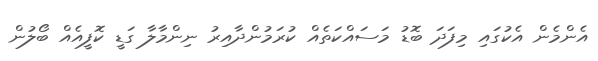
އެންމެން އެކުގައި މިފަދަ ބޮޑު މަސައްކަތެއް ކުރަމުންދާއިރު ނިންމާލާ ގަޑީ ކޮފީއެއް ބޯލުން